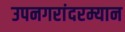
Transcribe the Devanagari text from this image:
उपनगरांदरम्यान